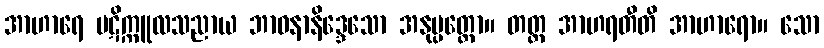
အာဟာရေ ပဋိက္ကူလသညာယ ဘာဝနာနိဒ္ဒေသော အနုပ္ပတ္တော။ တတ္ထ အာဟရတီတိ အာဟာရော။ သော